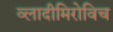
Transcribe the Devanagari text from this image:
व्लादीमिरोविच